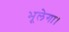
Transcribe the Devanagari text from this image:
भूलेगा।